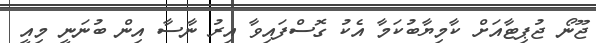
ޖޫނޯ ޖުޕިޓާއަށް ކާމިޔާބުކަމާ އެކު ގޮސްފައިވާ އިރު ނާސާ އިން ބުނަނީ މިއީ